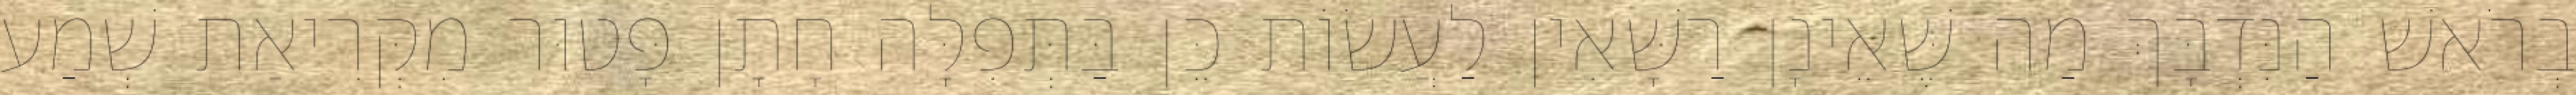
בְרֹאשׁ הַנִּדְבָּךְ מַה שֶּׁאֵינָן רַשָּׁאִין לַעֲשׂוֹת כֵּן בַּתְּפִלָּה חָתָן פָּטוּר מִקְּרִיאַת שְׁמַע